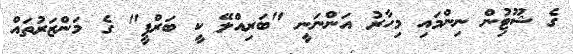
ގެ ޝޫޓިުން ނިންމައި މިހާރު އަންނަނީ "ބަރިއްލޭ ކީ ބަރްފީ" ގެ މަންޒަރުތައް